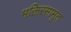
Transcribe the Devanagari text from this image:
भक्तिरसामृत